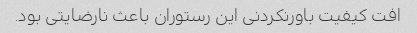
افت کیفیت باورنکردنی این رستوران باعث نارضایتی بود.